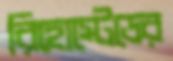
রিহোস্টেডের